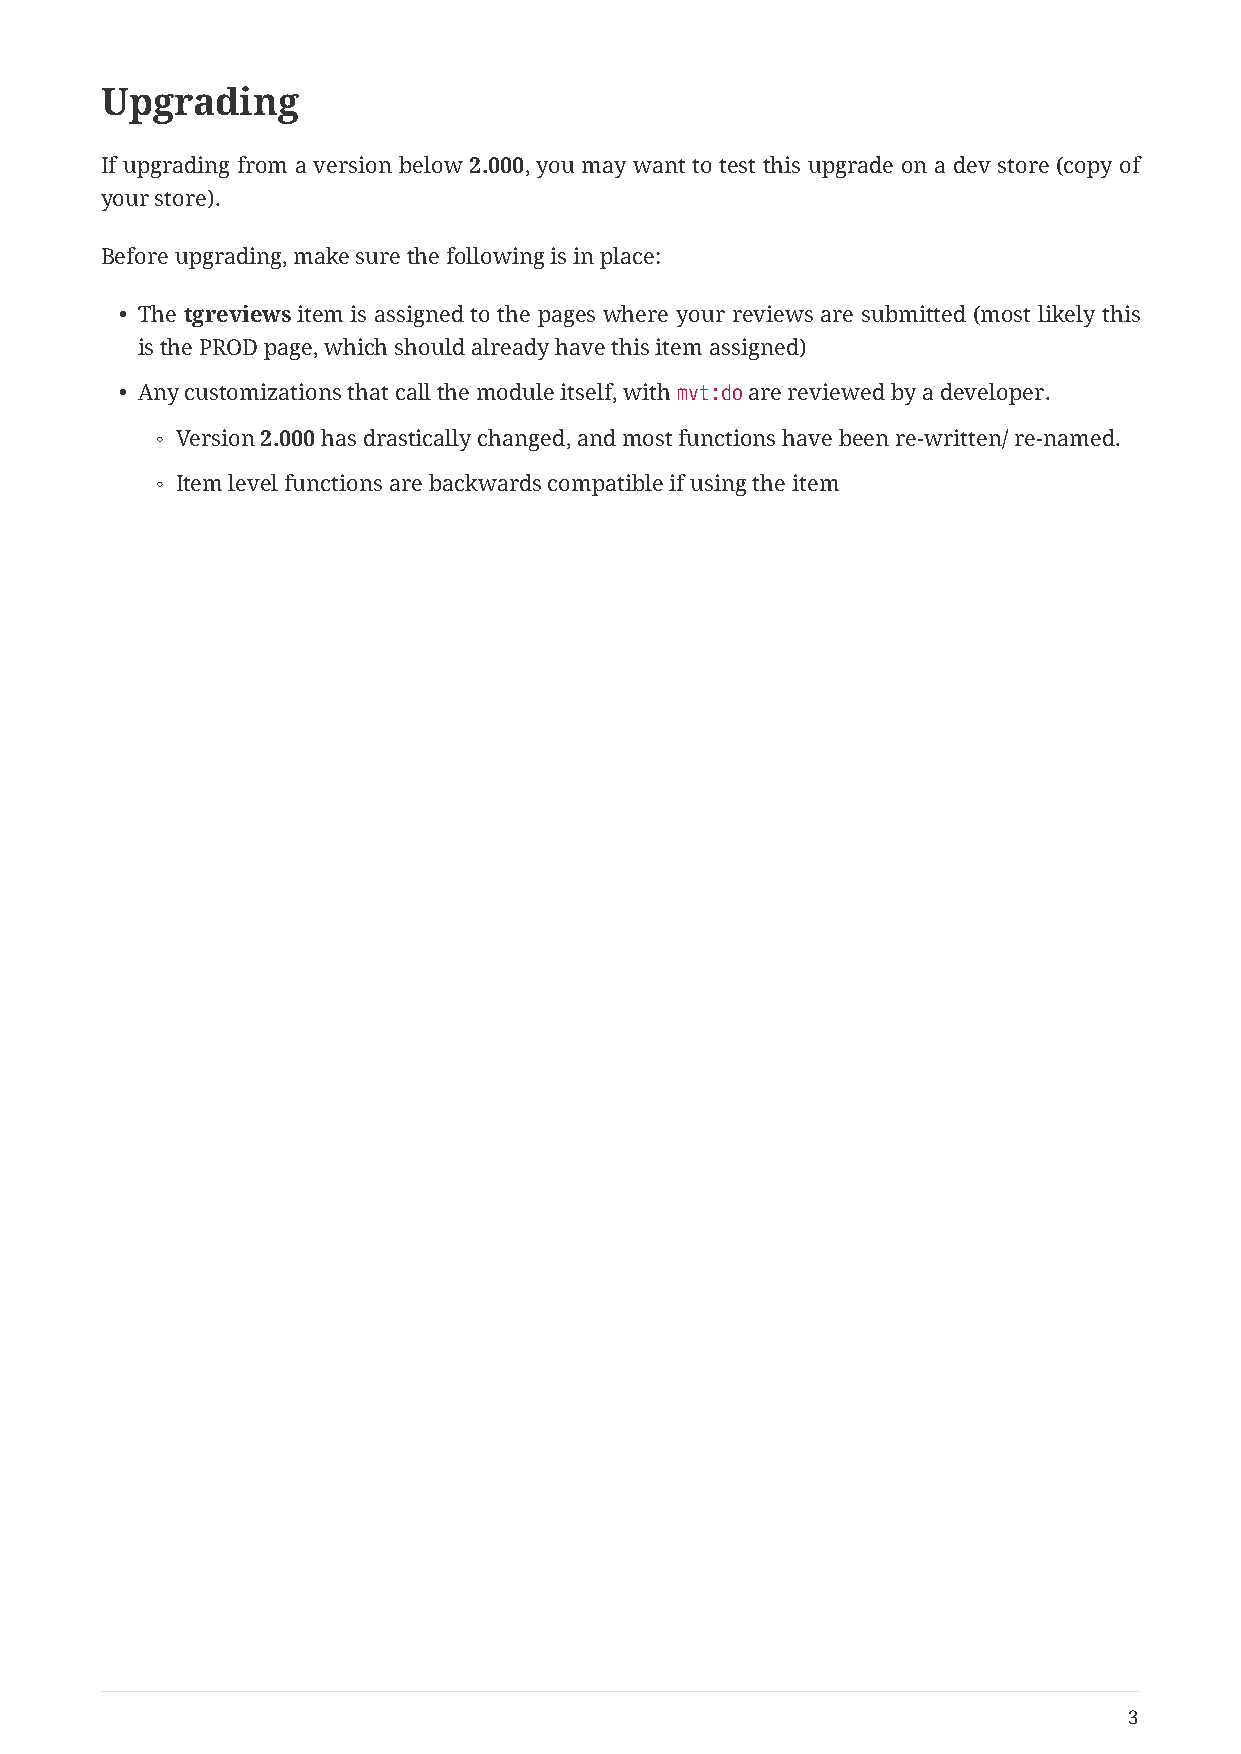
Upgrading
 If upgrading from a version below 2.000, you may want to test this upgrade on a dev store (copy of
 your store).
 Before upgrading, make sure the following is in place:
 • The tgreviews item is assigned to the pages where your reviews are submitted (most likely this
 is the PROD page, which should already have this item assigned)
 • Any customizations that call the module itself, with mvt:do are reviewed by a developer.
 ◦ Version 2.000 has drastically changed, and most functions have been re-written/ re-named.
 ◦ Item level functions are backwards compatible if using the item
 3